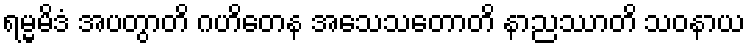
ရမ္မမိဒံ အပတွာတိ ဂဟိတေန အသေသတောတိ နာညဿာတိ သဝနာယ